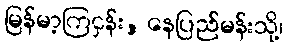
မြန်မာ့ကြငှန်း, နေပြည်မန်းသို့၊